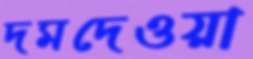
দমদেওয়া